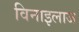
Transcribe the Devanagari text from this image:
विनाइलाज